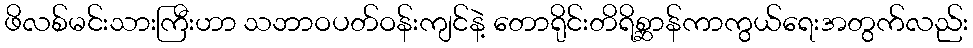
ဖိလစ်မင်းသားကြီးဟာ သဘာဝပတ်ဝန်းကျင်နဲ့ တောရိုင်းတိရိစ္ဆာန်ကာကွယ်ရေးအတွက်လည်း